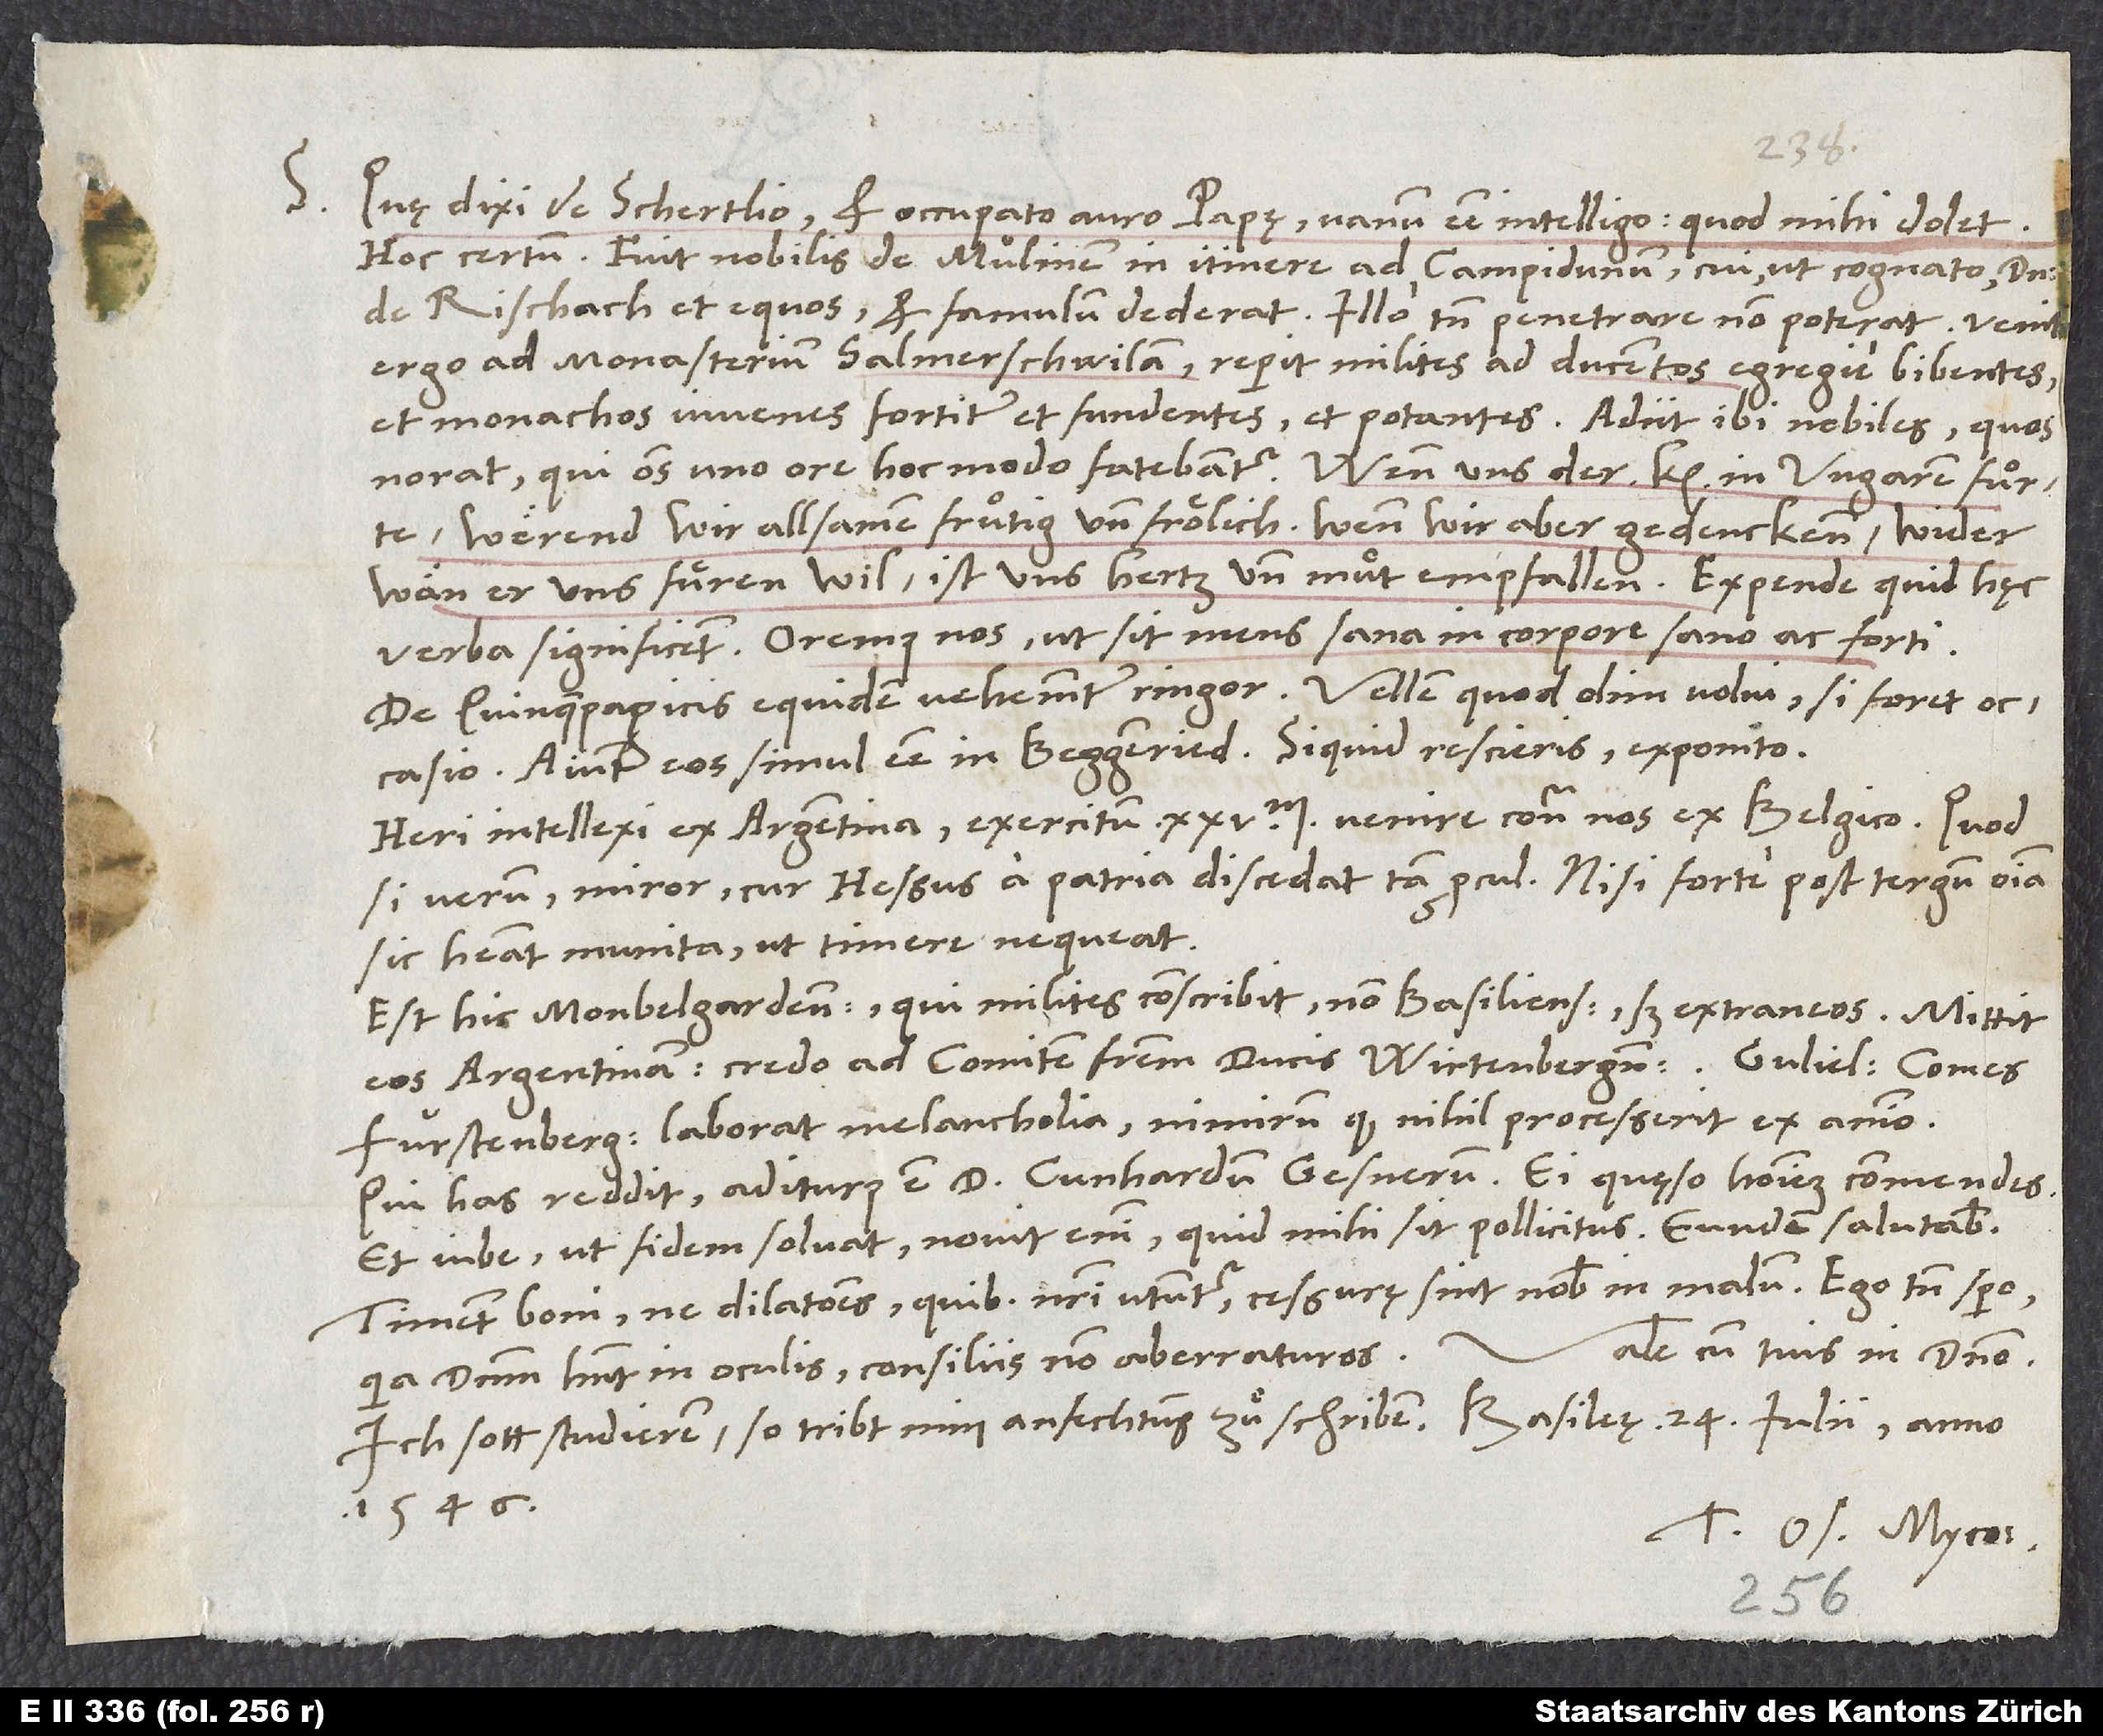
S.

Quę dixi de Schertlio et occupato auro papę, vanum esse intelligo; quod mihi dolet.
Hoc certum: Fuit nobilis de Mülinen in itinere ad Campidunum, cui ut cognato dominus
de Rischach et equos et famulum dederat. Illo tamen penetrare non poterat. Venit
ergo ad monasterium Salmerschwilam. Reperit milites ad ducentos egregie bibentes
et monachos iuvenes fortiter et fundentes et potantes. Adiit ibi nobiles, quos
norat, qui omnes uno ore hoc modo fatebantur: „Wenn uns der keyser in Ungarn fuͦrte,
werend wir allsamen fruͦtig und froͤlich. Wenn wir aber gedenckenn, wider
wän er uns fuͤren wil, ist uns hertz und muͦt empfallen.“ Expende, quid hęc
verba significent! Oremus nos, ut sit mens sana in corpore sano ac forti.
De Quinquepagicis equidem vehementer ringor. Vellem, quod olim volui, si foret occasio.
Aiunt eos simul esse in Beggenried. Si quid rescieris, exponito.
Heri intellexi ex Argentina exercitum 25’000 venire contra nos ex Belgico. Quod
si verum, miror, cur Hessus a patria discedat tam procul, nisi forte post tergum omnia
sic habeat munita, ut timere nequeat.
Est hic Monbelgardensis, qui milites conscribit, non Basilienses, sed extraneos. Mittit
eos Argentinam, credo ad comitem fratrem ducis Wirtenbergensis. Gulielmus comes
Furstenbergensis laborat melancholia, nimirum quod nihil processerit ex animo.
Qui has reddit, aditurus est d. Cunhardum Gesnerum. Ei, quęso, hominem commendes.
Timent boni, ne dilationes, quibus nostri utuntur, cessurę sint nobis in malum. Ego tamen spero,
Vale cum tuis in domino.
quia dominum habent in oculis, consiliis non aberraturos.
Ich sott studieren, so tribt min anfechtung zuͦ schriben. Basileę, 24. iulii anno
1546.
Tuus Os. Myco.